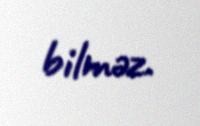
bilməz.